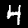
Digit: 4